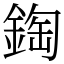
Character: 鋾